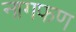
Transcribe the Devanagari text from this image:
नागफण